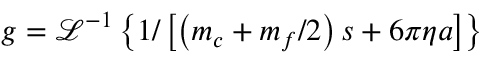
g = \mathcal { L } ^ { - 1 } \left\{ 1 / \left[ \left( m _ { c } + m _ { f } / 2 \right) s + 6 \pi \eta a \right] \right\}